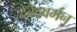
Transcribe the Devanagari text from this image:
देवेंद्रवर्मन